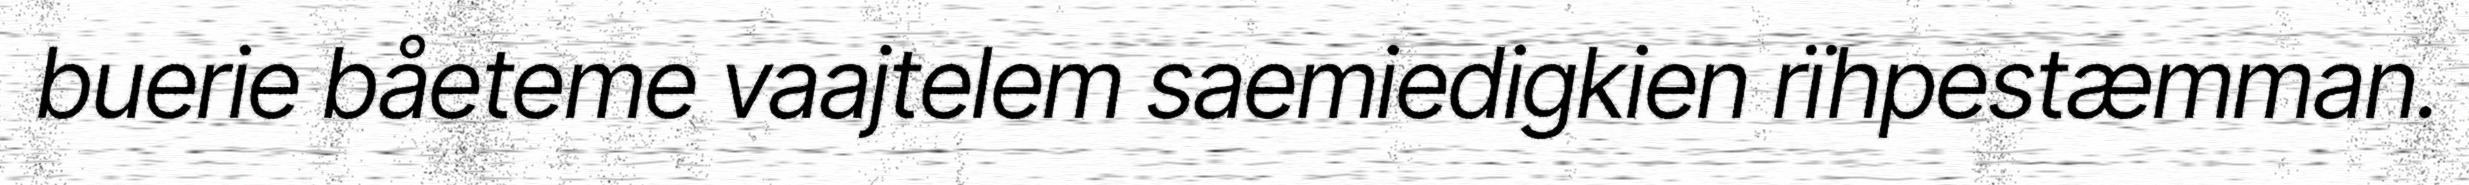
buerie båeteme vaajtelem saemiedigkien rïhpestæmman.